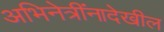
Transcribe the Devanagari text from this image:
अभिनेत्रींनादेखील